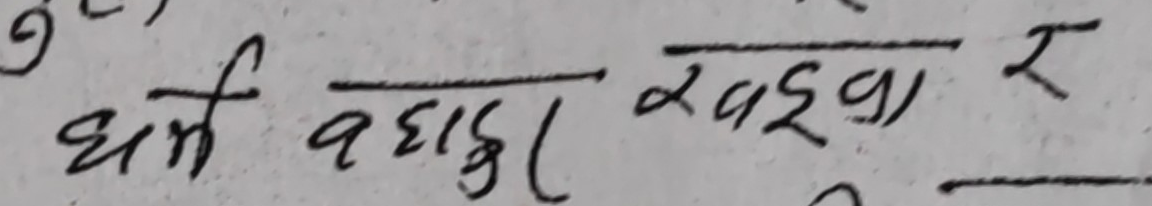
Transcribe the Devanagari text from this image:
धर्म बहादुर खड्का र